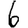
Digit: 6